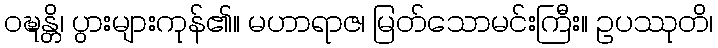
ဝဍ္ဎန္တိ၊ ပွားများကုန်၏။ မဟာရာဇ၊ မြတ်သောမင်းကြီး။ ဥပဿုတိ၊